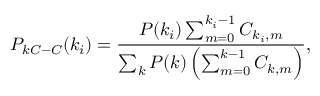
P _ { k C - C } ( k _ { i } ) = \frac { P ( k _ { i } ) \sum _ { m = 0 } ^ { k _ { i } - 1 } C _ { k _ { i } , m } } { \sum _ { k } P ( k ) \left( \sum _ { m = 0 } ^ { k - 1 } C _ { k , m } \right) } ,